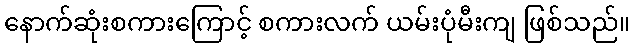
နောက်ဆုံးစကားကြောင့် စကားလက် ယမ်းပုံမီးကျ ဖြစ်သည်။